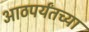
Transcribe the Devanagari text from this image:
आठपर्यंतच्या